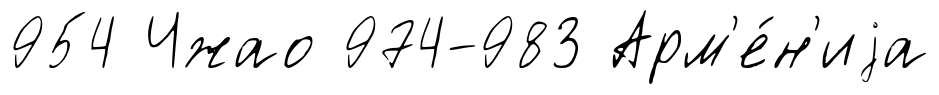
954 Чжао 974-983 Арм'е́н'иjа